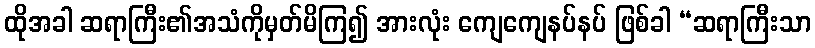
ထိုအခါ ဆရာကြီး၏အသံကိုမှတ်မိကြ၍ အားလုံး ကျေကျေနပ်နပ် ဖြစ်ခါ “ဆရာကြီးသာ